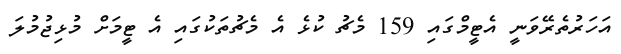
އަހަރުތެރޭވަނީ އެޓީމްގައި 159 މެޗު ކުޅެ އެ މެޗުތަކުގައި އެ ޓީމަށް މުޅިޖުމުލަ